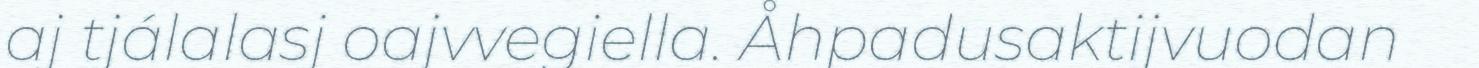
aj tjálalasj oajvvegiella. Åhpadusaktijvuodan